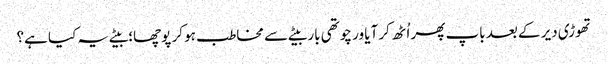
تھوڑی دیر کے بعد باپ پھر اُٹھ کر آیا ور چوتھی بار بیٹے سے مخاطب ہو کر پوچھا؛ بیٹے یہ کیا ہے؟